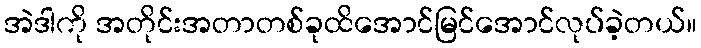
အဲဒါကို အတိုင်းအတာတစ်ခုထိအောင်မြင်အောင်လုပ်ခဲ့တယ်။